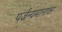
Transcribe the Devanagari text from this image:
पर्जन्यमानावर